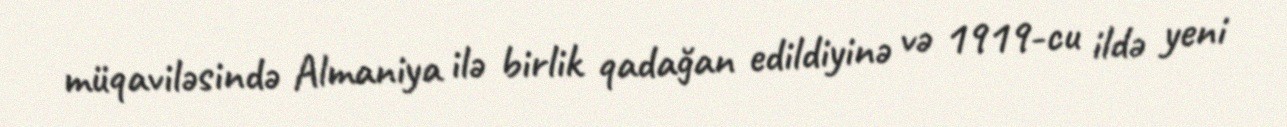
müqaviləsində Almaniya ilə birlik qadağan edildiyinə və 1919-cu ildə yeni